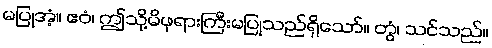
မပြုအံ့။ ဧဝံ၊ ဤသို့မိဖုရားကြီးမပြုသည်ရှိသော်။ တွံ၊ သင်သည်။